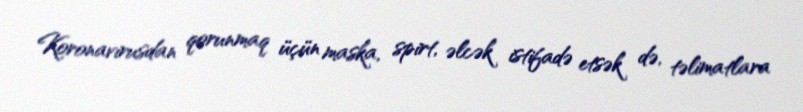
Koronavirusdan qorunmaq üçün maska, spirt, əlcək istifadə etsək də, təlimatlara